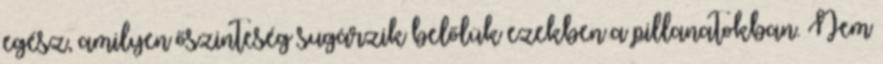
egész, amilyen őszinteség sugárzik belőlük ezekben a pillanatokban. Nem